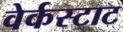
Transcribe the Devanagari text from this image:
वेर्कस्टाट